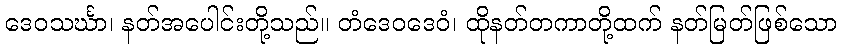
ဒေဝသင်္ဃာ၊ နတ်အပေါင်းတို့သည်။ တံဒေဝဒေဝံ၊ ထိုနတ်တကာတို့ထက် နတ်မြတ်ဖြစ်သော